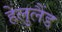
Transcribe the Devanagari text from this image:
हेलुलैंड